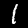
Label: 1